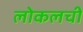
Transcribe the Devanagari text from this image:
लोकलची